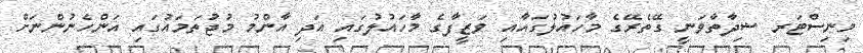
މިނިސްޓަރ ޝިދާތާވަނީ ގޭތެރޭގެ މާހައުލުގައާއި ވަޒީފާގެ މާހައުލުގައި އަދި އާންމު މުޖުތަމައުގައި އަންހެނުންނަށް